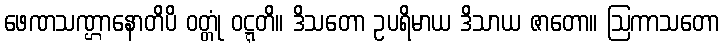
ဖေဏသဏ္ဌာနောတိပိ ဝတ္တုံ ဝဋ္ဋတိ။ ဒိသတော ဥပရိမာယ ဒိသာယ ဇာတော။ ဩကာသတော